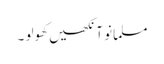
مسلمانو آنکھیں کھولو ۔